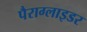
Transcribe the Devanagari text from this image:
पैराग्लाइडर